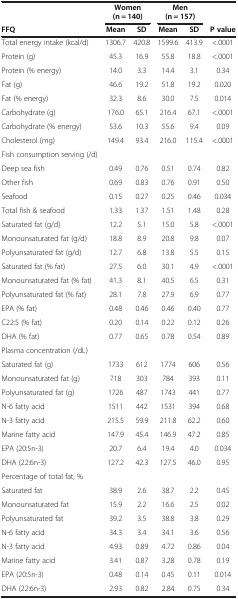
<table><thead><tr><td>[EMPTY_CELL]</td><td colspan="2"><b>Women (n = 140)</b></td><td colspan="2"><b>Men (n = 157)</b></td><td>[EMPTY_CELL]</td></tr><tr><td><b>FFQ</b></td><td><b>Mean</b></td><td><b>SD</b></td><td><b>Mean</b></td><td><b>SD</b></td><td><b>P value</b></td></tr></thead><tbody><tr><td>Total energy intake (kcal/d)</td><td>1306.7</td><td>420.8</td><td>1599.6</td><td>413.9</td><td>&lt;.0001</td></tr><tr><td>Protein (g)</td><td>45.3</td><td>16.9</td><td>55.8</td><td>18.8</td><td>&lt;.0001</td></tr><tr><td>Protein (% energy)</td><td>14.0</td><td>3.3</td><td>14.4</td><td>3.1</td><td>0.34</td></tr><tr><td>Fat (g)</td><td>46.6</td><td>19.2</td><td>51.8</td><td>19.2</td><td>0.020</td></tr><tr><td>Fat (% energy)</td><td>32.3</td><td>8.6</td><td>30.0</td><td>7.5</td><td>0.014</td></tr><tr><td>Carbohydrate (g)</td><td>176.0</td><td>65.1</td><td>216.4</td><td>67.1</td><td>&lt;.0001</td></tr><tr><td>Carbohydrate (% energy)</td><td>53.6</td><td>10.3</td><td>55.6</td><td>9.4</td><td>0.09</td></tr><tr><td>Cholesterol (mg)</td><td>149.4</td><td>93.4</td><td>216.0</td><td>115.4</td><td>&lt;.0001</td></tr><tr><td>Fish consumption serving (/d)</td><td>[EMPTY_CELL]</td><td>[EMPTY_CELL]</td><td>[EMPTY_CELL]</td><td>[EMPTY_CELL]</td><td>[EMPTY_CELL]</td></tr><tr><td>Deep sea fish</td><td>0.49</td><td>0.76</td><td>0.51</td><td>0.74</td><td>0.82</td></tr><tr><td>Other fish</td><td>0.69</td><td>0.83</td><td>0.76</td><td>0.91</td><td>0.50</td></tr><tr><td>Seafood</td><td>0.15</td><td>0.27</td><td>0.25</td><td>0.46</td><td>0.034</td></tr><tr><td>Total fish &amp; seafood</td><td>1.33</td><td>1.37</td><td>1.51</td><td>1.48</td><td>0.28</td></tr><tr><td>Saturated fat (g/d)</td><td>12.2</td><td>5.1</td><td>15.0</td><td>5.8</td><td>&lt;.0001</td></tr><tr><td>Monounsaturated fat (g/d)</td><td>18.8</td><td>8.9</td><td>20.8</td><td>9.8</td><td>0.07</td></tr><tr><td>Polyunsaturated fat (g/d)</td><td>12.7</td><td>6.8</td><td>13.8</td><td>5.5</td><td>0.15</td></tr><tr><td>Saturated fat (% fat)</td><td>27.5</td><td>6.0</td><td>30.1</td><td>4.9</td><td>&lt;.0001</td></tr><tr><td>Monounsaturated fat (% fat)</td><td>41.3</td><td>8.1</td><td>40.5</td><td>6.5</td><td>0.31</td></tr><tr><td>Polyunsaturated fat (% fat)</td><td>28.1</td><td>7.8</td><td>27.9</td><td>6.9</td><td>0.77</td></tr><tr><td>EPA (% fat)</td><td>0.48</td><td>0.46</td><td>0.46</td><td>0.40</td><td>0.77</td></tr><tr><td>C22:5 (% fat)</td><td>0.20</td><td>0.14</td><td>0.22</td><td>0.12</td><td>0.26</td></tr><tr><td>DHA (% fat)</td><td>0.77</td><td>0.65</td><td>0.78</td><td>0.54</td><td>0.89</td></tr><tr><td colspan="6">Plasma concentration (/dL)</td></tr><tr><td>Saturated fat (g)</td><td>1733</td><td>612</td><td>1774</td><td>606</td><td>0.56</td></tr><tr><td>Monounsaturated fat (g)</td><td>718</td><td>303</td><td>784</td><td>393</td><td>0.11</td></tr><tr><td>Polyunsaturated fat (g)</td><td>1726</td><td>487</td><td>1743</td><td>441</td><td>0.77</td></tr><tr><td>N-6 fatty acid</td><td>1511</td><td>442</td><td>1531</td><td>394</td><td>0.68</td></tr><tr><td>N-3 fatty acid</td><td>215.5</td><td>59.9</td><td>211.8</td><td>62.2</td><td>0.60</td></tr><tr><td>Marine fatty acid</td><td>147.9</td><td>45.4</td><td>146.9</td><td>47.2</td><td>0.85</td></tr><tr><td>EPA (20:5n-3)</td><td>20.7</td><td>6.4</td><td>19.4</td><td>4.0</td><td>0.034</td></tr><tr><td>DHA (22:6n-3)</td><td>127.2</td><td>42.3</td><td>127.5</td><td>46.0</td><td>0.95</td></tr><tr><td>Percentage of total fat, %</td><td>[EMPTY_CELL]</td><td>[EMPTY_CELL]</td><td>[EMPTY_CELL]</td><td>[EMPTY_CELL]</td><td>[EMPTY_CELL]</td></tr><tr><td>Saturated fat</td><td>38.9</td><td>2.6</td><td>38.7</td><td>2.2</td><td>0.45</td></tr><tr><td>Monounsaturated fat</td><td>15.9</td><td>2.2</td><td>16.6</td><td>2.5</td><td>0.02</td></tr><tr><td>Polyunsaturated fat</td><td>39.2</td><td>3.5</td><td>38.8</td><td>3.8</td><td>0.29</td></tr><tr><td>N-6 fatty acid</td><td>34.3</td><td>3.4</td><td>34.1</td><td>3.6</td><td>0.56</td></tr><tr><td>N-3 fatty acid</td><td>4.93</td><td>0.89</td><td>4.72</td><td>0.86</td><td>0.04</td></tr><tr><td>Marine fatty acid</td><td>3.41</td><td>0.87</td><td>3.28</td><td>0.78</td><td>0.19</td></tr><tr><td>EPA (20:5n-3)</td><td>0.48</td><td>0.14</td><td>0.45</td><td>0.11</td><td>0.014</td></tr><tr><td>DHA (22:6n-3)</td><td>2.93</td><td>0.82</td><td>2.84</td><td>0.75</td><td>0.34</td></tr></tbody></table>